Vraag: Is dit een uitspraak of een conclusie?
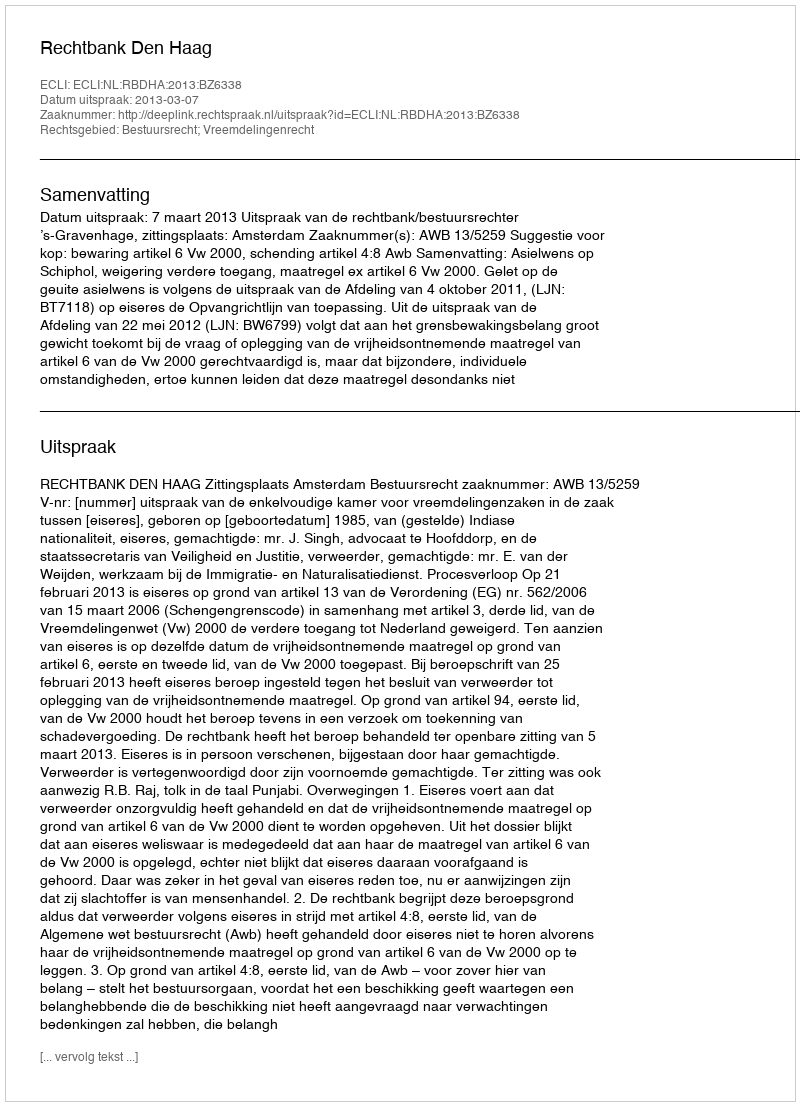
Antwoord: Uitspraak